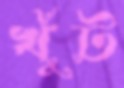
খুঁট